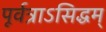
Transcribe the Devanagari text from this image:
पूर्वत्राऽसिद्धम्